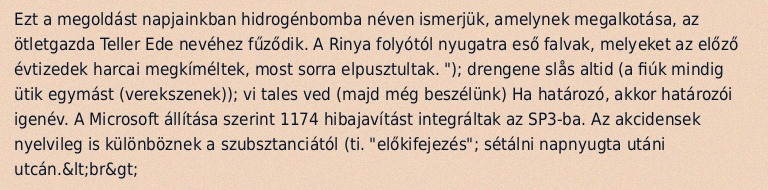
Ezt a megoldást napjainkban hidrogénbomba néven ismerjük, amelynek megalkotása, az ötletgazda Teller Ede nevéhez fűződik. A Rinya folyótól nyugatra eső falvak, melyeket az előző évtizedek harcai megkíméltek, most sorra elpusztultak. "); drengene slås altid (a fiúk mindig ütik egymást (verekszenek)); vi tales ved (majd még beszélünk) Ha határozó, akkor határozói igenév. A Microsoft állítása szerint 1174 hibajavítást integráltak az SP3-ba. Az akcidensek nyelvileg is különböznek a szubsztanciától (ti. "előkifejezés"; sétálni napnyugta utáni utcán.&lt;br&gt;